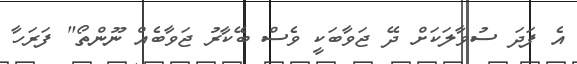
އެ ފަދަ ސުވާލަކަށް ދޭ ޖަވާބަކީ ވެސް ބޭކާރު ޖަވާބެއް ނޫންތޯ" ފަރަހާ